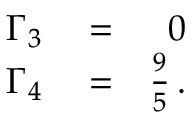
\begin{array} { r l r } { \Gamma _ { 3 } } & { { } = } & { 0 } \\ { \Gamma _ { 4 } } & { { } = } & { \frac { 9 } { 5 } \, . } \end{array}